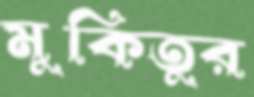
মুকিতুর